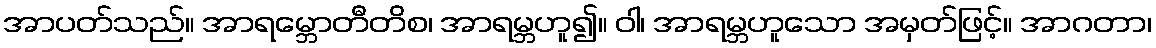
အာပတ်သည်။ အာရမ္ဘောတီတိစ၊ အာရမ္ဘဟူ၍။ ဝါ၊ အာရမ္ဘဟူသော အမှတ်ဖြင့်။ အာဂတာ၊